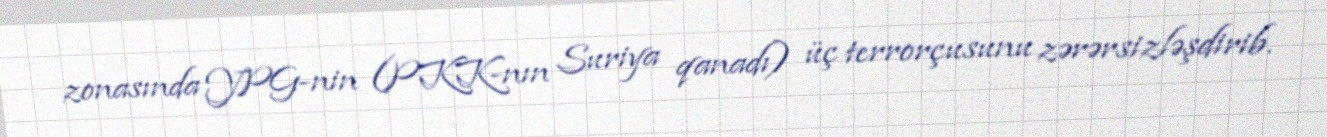
zonasında YPG-nin (PKK-nın Suriya qanadı) üç terrorçusunu zərərsizləşdirib.